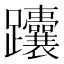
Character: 𬧟